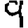
Digit: 9